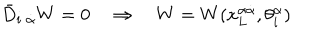
LaTeX: \bar { D } _ { i \; \dot { \alpha } } W = 0 \quad \Rightarrow \quad W = W ( x _ { L } ^ { \alpha \dot { \alpha } } , \theta _ { i } ^ { \alpha } )